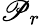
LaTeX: \mathscr{P}_{r}